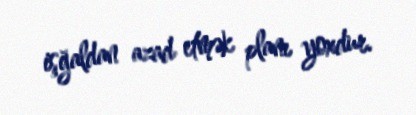
işğaldan azad etmək planı yoxdur.